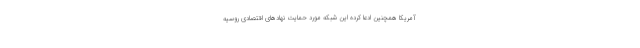
آمریکا همچنین ادعا کرده این شبکه مورد حمایت نهادهای اقتصادی روسیه